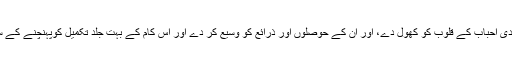
اللہ تعالیٰ تمام احمدی احباب کے قلوب کو کھول دے، اور ان کے حوصلوں اور ذرائع کو وسیع کر دے اور اس کام کے بہت جلد تکمیل کوپہنچنے کے سامان پیدا کر دے۔